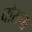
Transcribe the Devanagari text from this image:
चोराचा